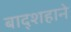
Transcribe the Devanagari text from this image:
बाद्शहाने